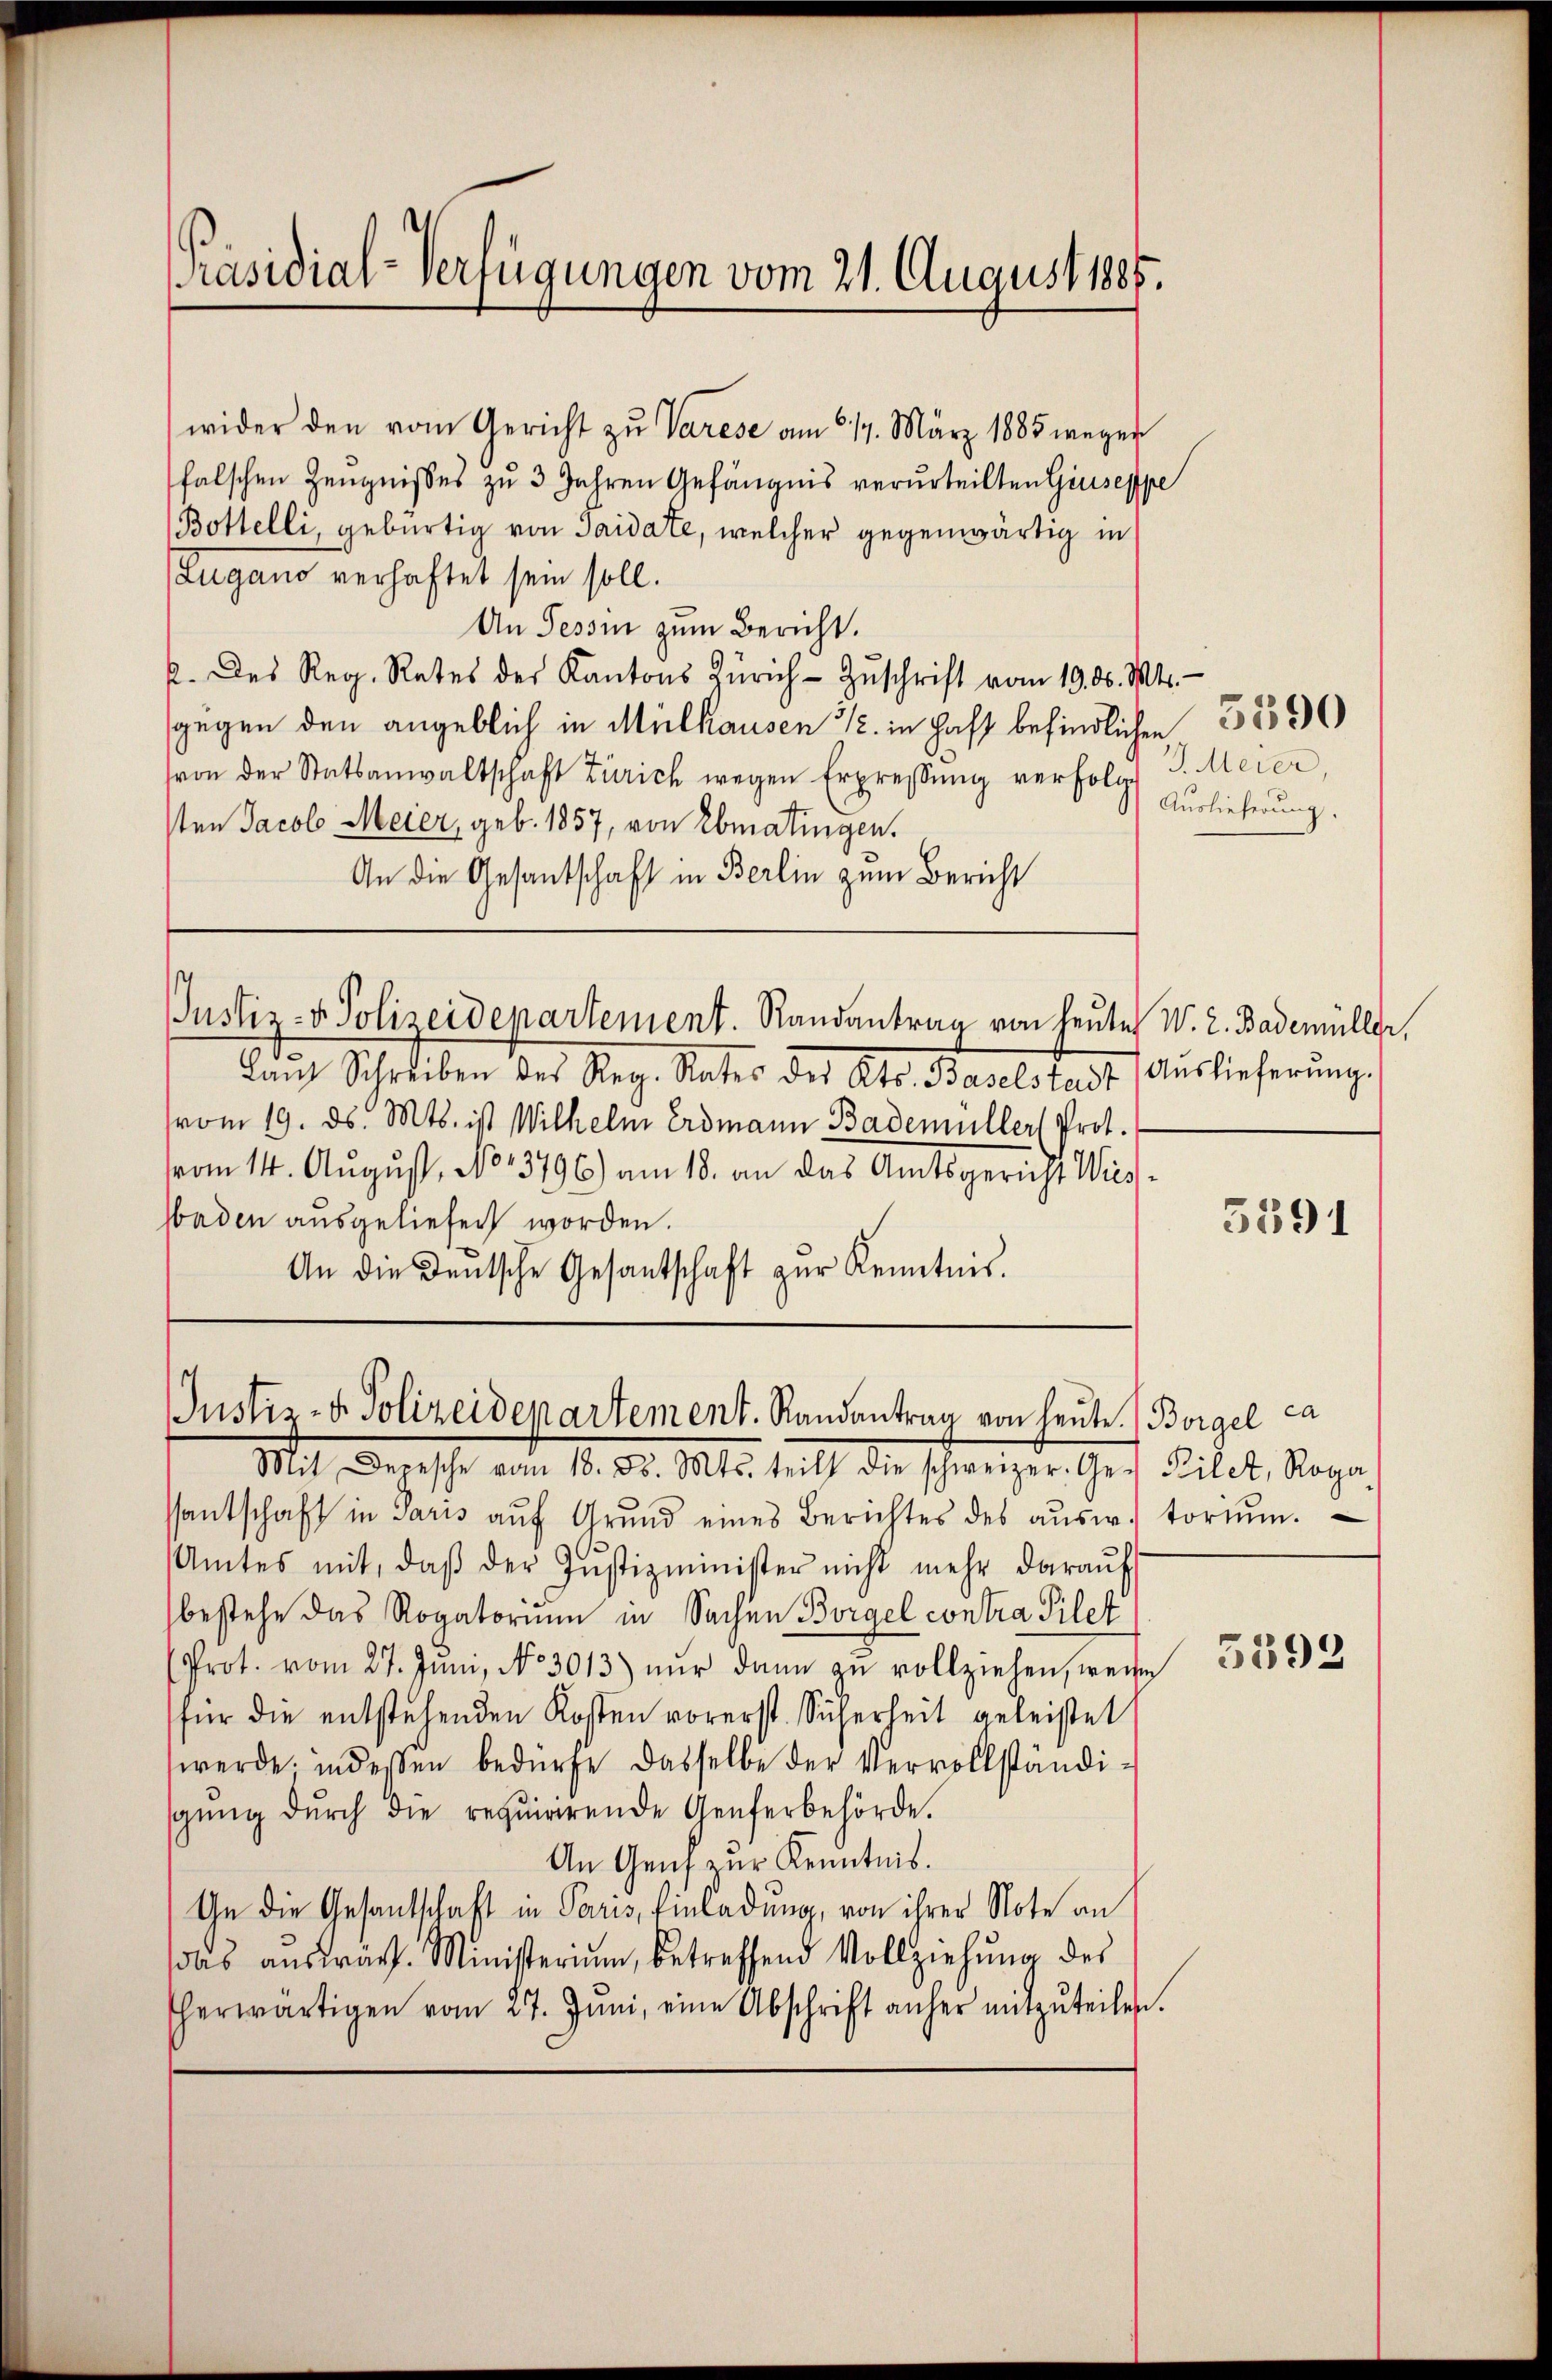
wider den vom Gericht zŭ Varese am 614. März 1885 wegen
falschen Zeugnisses zu 3 Jahren Gefängnis verurteilten Giuseppe
Bottelli, gebürtig von Taidate, welcher gegenwärtig in
Lugano verhaftet sein soll.
An Tessin zum Bericht.
k. des Reg. Rates der Kantons Zürich-Zŭschrift vom 19. d. Mts.
sgegen den angeblich in Mülhausen u. in Haft befindlichen 385
von der Statsanwaltschaft Zürich wegen Erpressŭng verfolgt J. Meier,
1ten Jacob Meier, geb. 1857, von Ebmatingen.
An die Gesantschaft in Berlin zum Bericht

Lanz Schreiben des Reg. Rates des Kts. Baselstadt, Auslieferŭng.
vom 19. ds. Mts. ist Wilhelm Erdmann Bademüller (Prot.
vom 14. August, No 13796) am 18. an das Amtsgericht Wis¬
Waden ausgeliefen worden.
An die Deutsche Gesantschaft zŭr Kenntnis.

Präsidial-Verfügungen vom 21. August 1885.

Justiz- & Polizeidepartement. Randantrag von heute W. L. Bademüller,

Justiz- & Polizeidepartement. Randantrag von heŭte Borgel ca

Mit Depesche vom 18. d. Mts. teilt die schweizer. Ge- Pilet, Roga
santschaft in Paris aŭf Grŭnd eines Berichtes des aŭsw. torium.
Amtes mit, daβ der Justizminister nicht mehr daraŭf
bestehe das Rogatorium in Sachen Borgel contra Pilet
Prot. vom 27. Jŭni, No 3013) nŭr dann zu vollziehen, weise
für die entstehenden Kosten vorerst. Sicherheit geleistet
werde, indessen bedürfe dasselbe der Vervollständi-
sgŭng dŭrch die requirirende Genferbehörde.
An Genz zur Kenntnis.
Ge die Gesandtschaft in Paris, Einladung, von ihrer Note an
das aŭswart. Ministerium, betreffend Vollziehŭng des
herwärtigen vom 27. Jŭni, eine Abschrift anher mitzŭteilen.

S) Auslieferung.

5591

5593